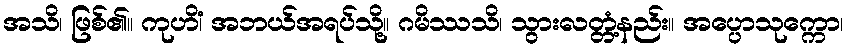
အသိ၊ ဖြစ်၏။ ကုဟိံ၊ အဘယ်အရပ်သို့။ ဂမိဿသိ၊ သွားလတ္တံ့နည်း။ အပ္ပောသုက္ကော၊